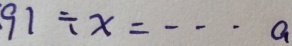
9 1 \div x = \cdots a